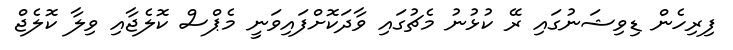
ފިރިހެން ޑިވިޝަނުގައި ރޭ ކުޅުނު މެޗުގައި ވާދަކޮށްފައިވަނީ މެޕްސް ކޮލެޖާއި ވިލާ ކޮލެޖް